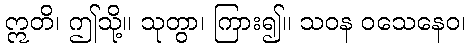
ဣတိ၊ ဤသို့။ သုတွာ၊ ကြား၍။ သဝန ဝသေနေဝ၊